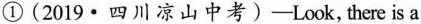
①(2019·四川凉山中考)—Look, there is a